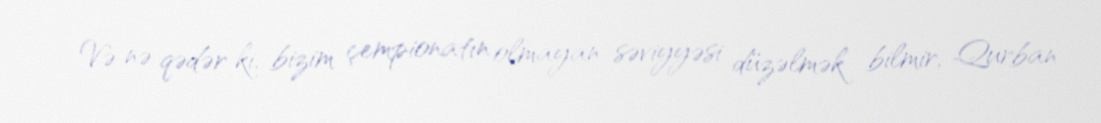
Və nə qədər ki, bizim çempionatın olmayan səviyyəsi düzəlmək bilmir, Qurban